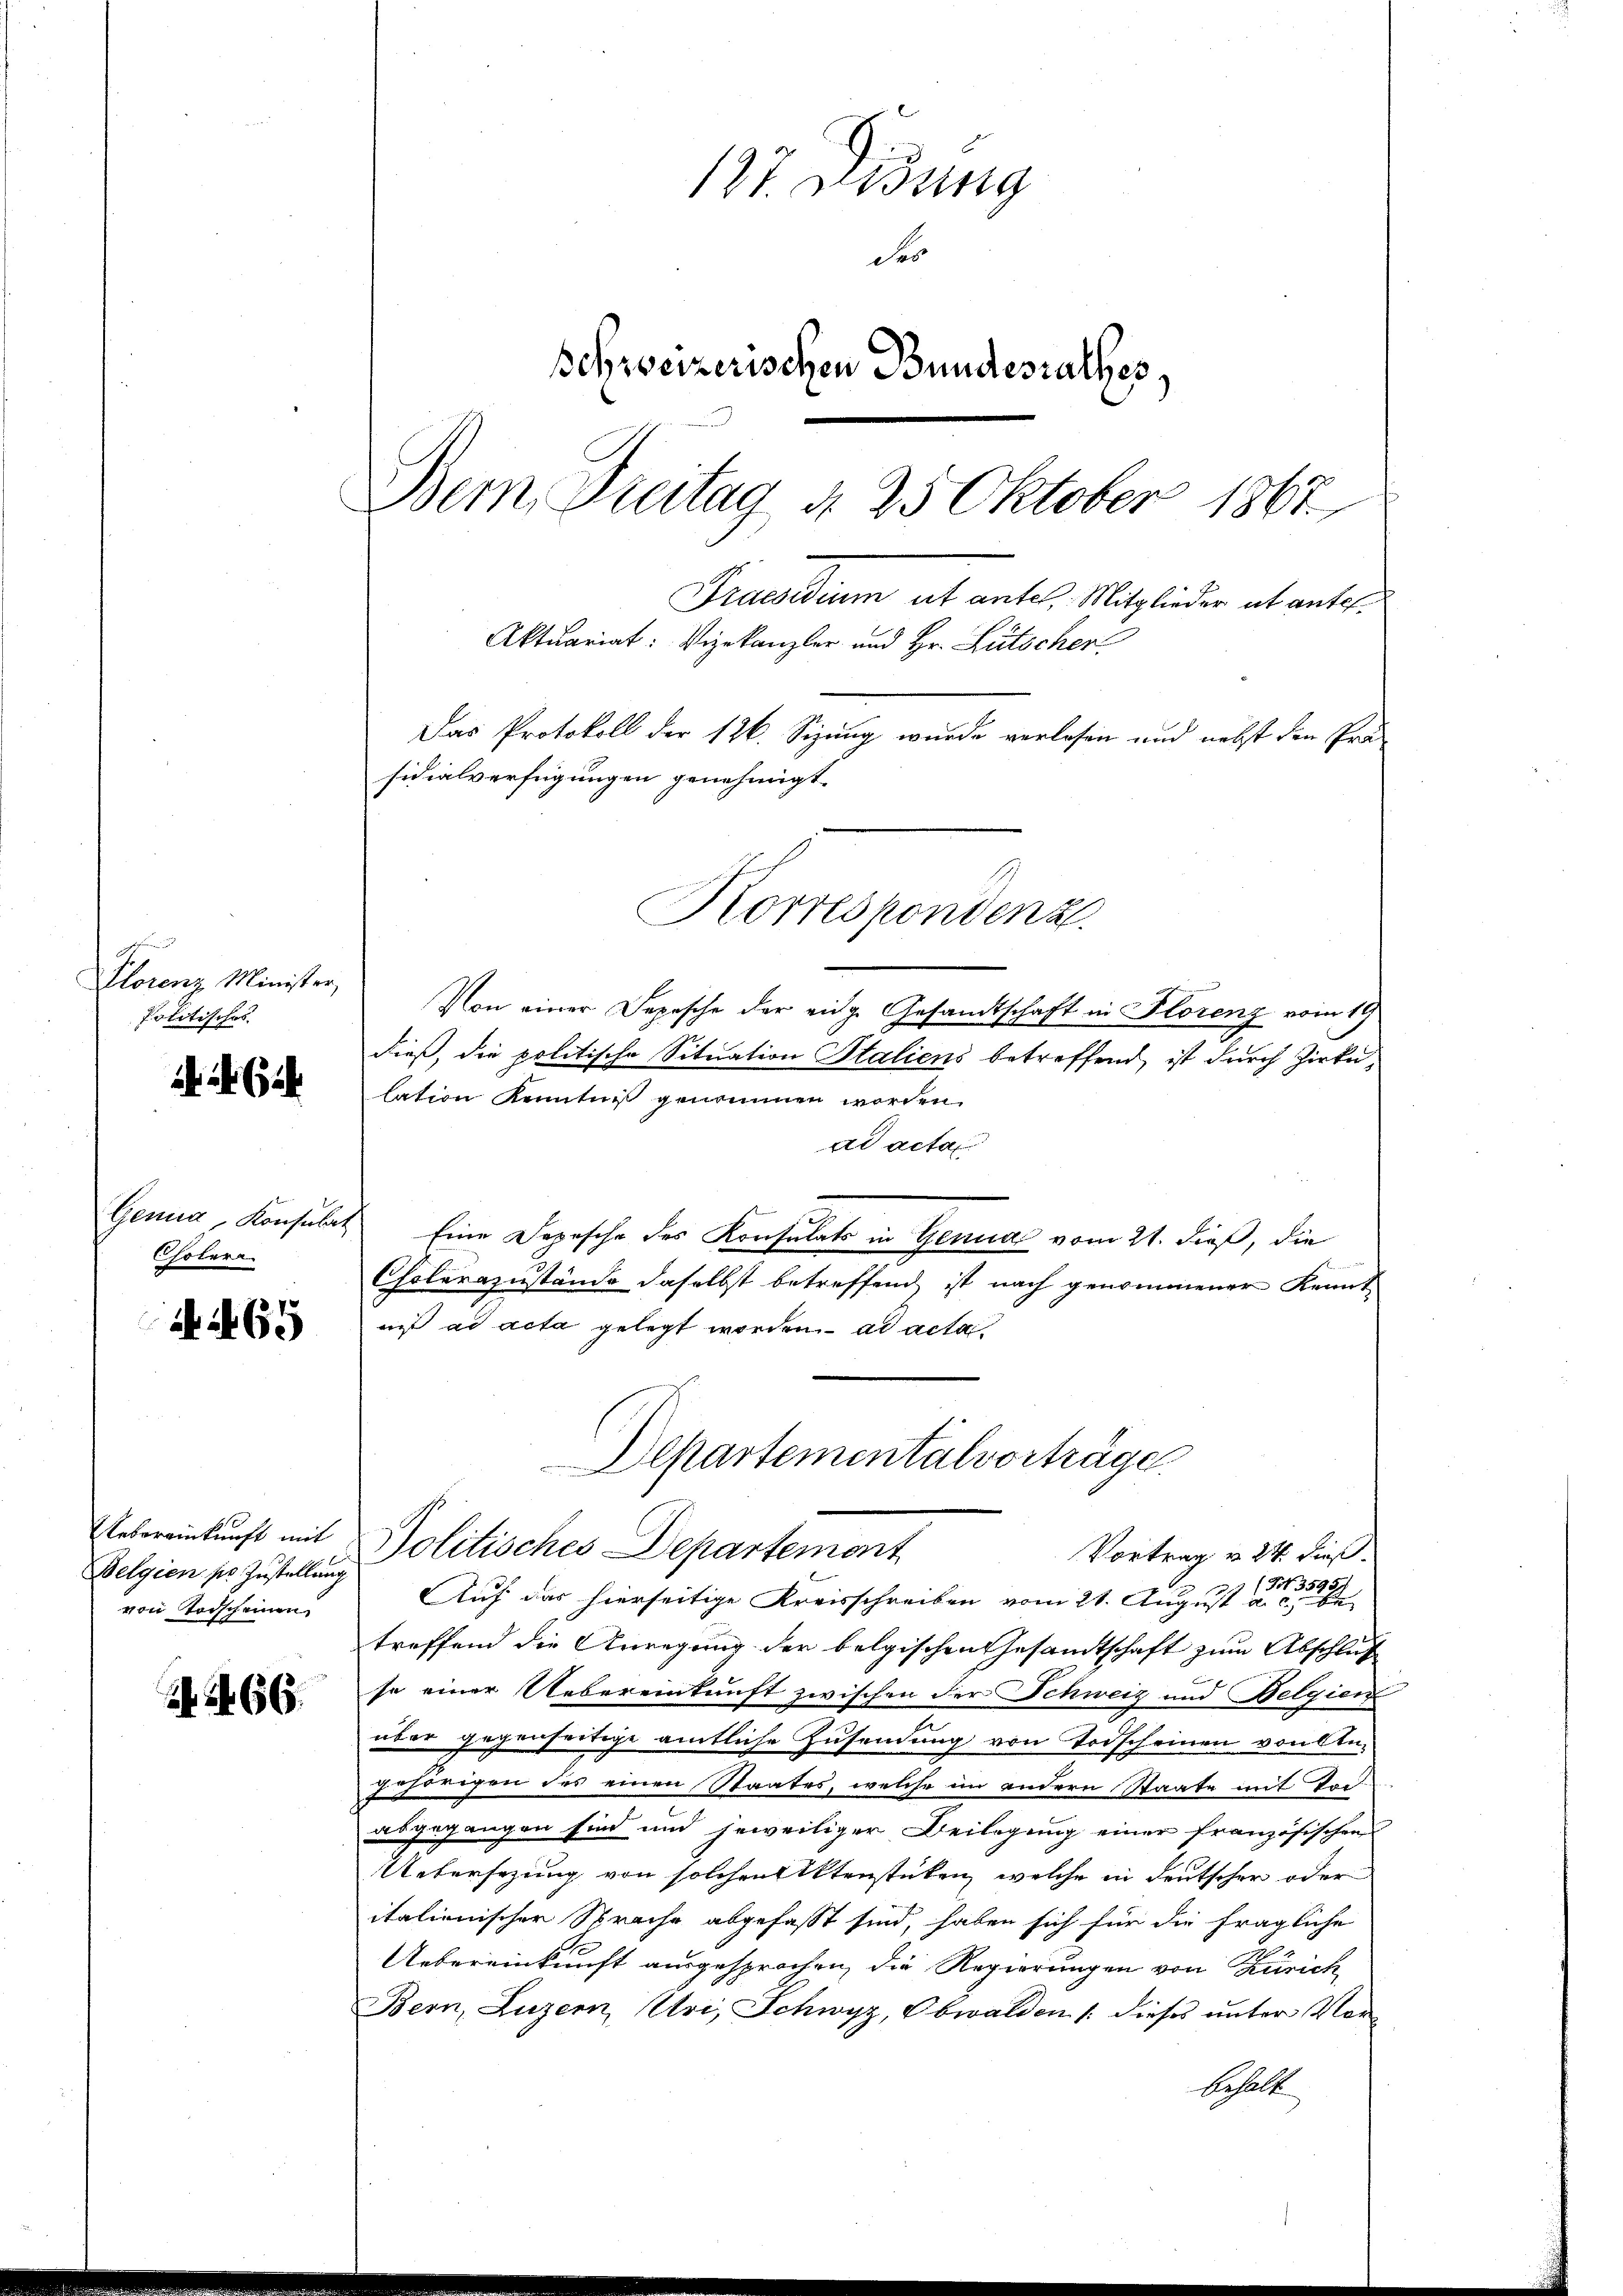
Plorenz Minister,
Politischos

24. 624.

Cholera.

65

Uebereinkunft mit
Belgien pr Zustellung
von Todscheinen

66.

127. Didung
des
Schreizerischen Bundesrathes,
Bem Dreitag d. 25 Oktober 1867
Praesidium et antel. Mitglieder ab anter¬
Aktuariat: Vizekanzler und Hr. Lütscher
Das Protokoll der 126. Sizung wurde verlesen und nebst den Prä-
sidialverfügungen genehmigt.
Korrespondenz.

Von einer Depesche der eidg. Gesandtschaft in Florenz vom 19
dieß, die politische Situation Italiens betreffend, ist durch Zirke,
lation Kenntniß genommen worden.
ad acta
Genua, Konsulat Eine Depesche des Konsulats in Genua vom 21. dieß, die
Cholerazustände daselbst betreffend ist nach genommener Kennt
niß ad acta gelegt worden. ad acta
Departementalvorträge.
Politisches Departement
Vortrag v. 24. dieß.
(N 3595
Auf das hierseitige Kreisschreiben vom 21. August a. c. be
treffend die Anregung der belgischen Gesandtschaft zum Abschluß
se einer Uebereinkunft zwischen der Schweiz und Belgien
über gegenseitige amtliche Zusendung von Todscheinen von Ale-
gehörigen des einen Staates, welche im andern Staate mit Poi
abgegangen sind und jeweiliger Beilegung einer französischen
Uebersezung von solchen Aktenstücken, welche in deutscher oder
italienischer Sprache abgefasst sind, haben sich für die fragliche
Uebereinkunft ausgesprochen, die Regierungen von Zürich
Bern, Luzern, Uri, Schwyz, Obwalden /: dieses unter Vorbehalte